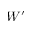
W ^ { \prime }